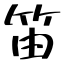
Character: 笛